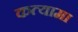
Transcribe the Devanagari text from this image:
कत्यामा